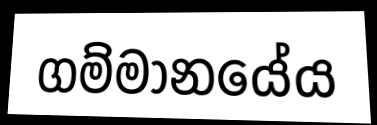
ගම්මානයේය